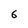
Character: 6